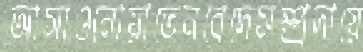
আসাওনোয়াতেনবেদেসম্প্রদায়ে